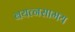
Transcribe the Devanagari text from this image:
बयत्नसामय